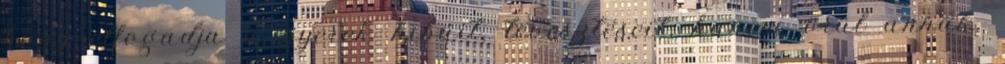
hogy elfogadja a gyerek hibáit, tévesztéseit, hanem örül annak.